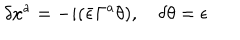
\delta x ^ { a } = - i ( \bar { \epsilon } \Gamma ^ { a } \theta ) , \, \, \, \, \, \, \delta \theta = \epsilon